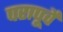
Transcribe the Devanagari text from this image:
परापूर्वे